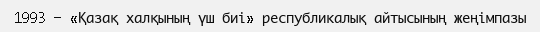
1993 — «Қазақ халқының үш биі» республикалық айтысының жеңімпазы